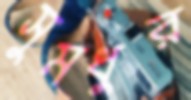
সুমধুর